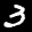
Label: 3